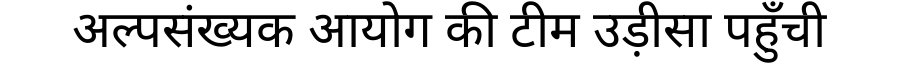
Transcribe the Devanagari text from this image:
अल्पसंख्यक आयोग की टीम उड़ीसा पहुँची